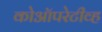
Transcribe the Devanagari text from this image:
कोऑपरेटीव्ह